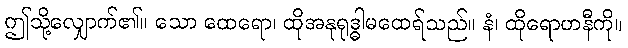
ဤသို့လျှောက်၏။ သော ထေရော၊ ထိုအနုရုဒ္ဓါမထေရ်သည်။ နံ၊ ထိုရောဟနီကို။